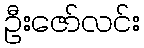
ဦးဇော်လင်း